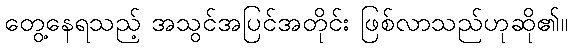
တွေ့နေရသည့် အသွင်အပြင်အတိုင်း ဖြစ်လာသည်ဟုဆို၏။